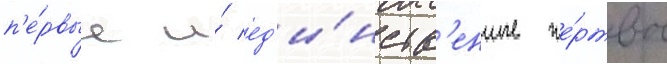
п'е́рвые и́ ед'и́нств'енные же́ртвы